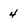
Character: 4